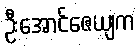
ဦးအောင်ဇေယျက